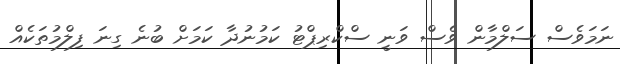
ނަމަވެސް ސަލްމާން ވެސް ވަނީ ސްކްރިޕްޓު ކަމުނުދާ ކަމަށް ބުނެ ގިނަ ފިލްމުތަކެއް